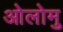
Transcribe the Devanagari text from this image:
ओलोमु